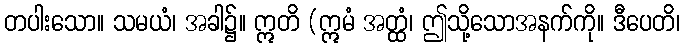
တပါးသော။ သမယံ၊ အခါ၌။ ဣတိ (ဣမံ အတ္ထံ၊ ဤသို့သောအနက်ကို။ ဒီပေတိ၊